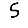
Digit: 5